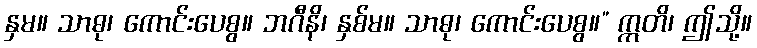
နှမ။ သာဓု၊ ကောင်းပေစွ။ ဘဂီနိ၊ နှစ်မ။ သာဓု၊ ကောင်းပေစွ။” ဣတိ၊ ဤသို့။